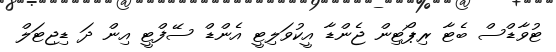
ޓުވާޑްސް ބެޓާ ރިޕޯޓިން ޖެންޑާ އީކުވަލިޓީ އެންޑް ސޭފްޓީ އިން ދަ ޑިޖިޓަލް